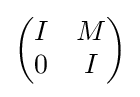
{\begin{pmatrix}I&M\\0&I\end{pmatrix}}